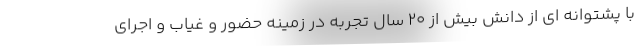
با پشتوانه ای از دانش بیش از 20 سال تجربه در زمینه حضور و غیاب و اجرای